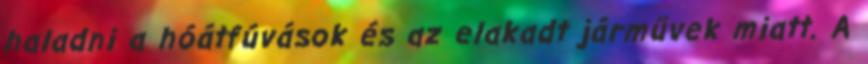
haladni a hóátfúvások és az elakadt járművek miatt. A